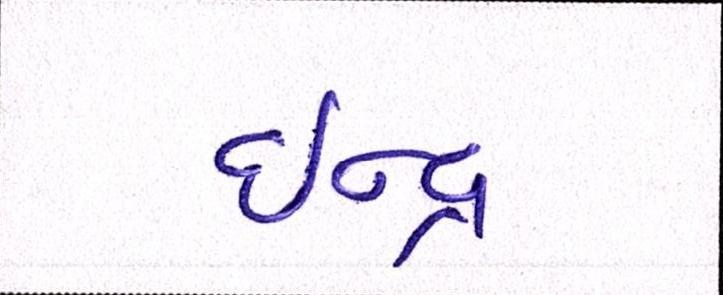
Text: ઈન્દ્ર